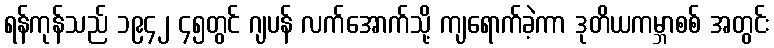
ရန်ကုန်သည် ၁၉၄၂ ၄၅တွင် ဂျပန် လက်အောက်သို့ ကျရောက်ခဲ့ကာ ဒုတိယကမ္ဘာစစ် အတွင်း